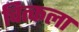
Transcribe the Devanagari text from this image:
चित्कला